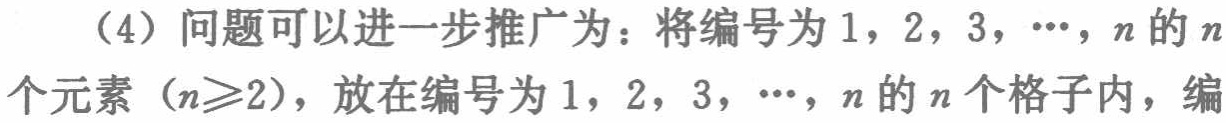
（4）问题可以进一步推广为：将编号为 \(1,2,3,\cdots,n\) 的 \(n\) 个元素（\(n\geqslant2\)），放在编号为 \(1,2,3,\cdots,n\) 的 \(n\) 个格子内，编